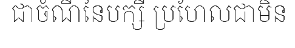
ជាចំណីនៃបក្សី ប្រហែលជាមិន